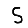
Digit: 5